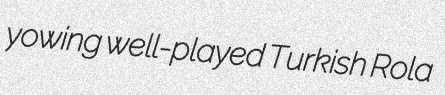
yowing well-played Turkish Rola